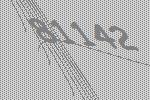
81142